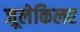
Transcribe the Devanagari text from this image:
जूलेकिलर